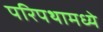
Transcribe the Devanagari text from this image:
परिपथामध्ये